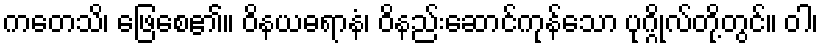
ကတေသိ၊ ဖြေစေ၏။ ဝိနယဓရာနံ၊ ဝိနည်းဆောင်ကုန်သော ပုဂ္ဂိုလ်တို့တွင်။ ဝါ၊